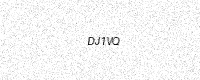
Text: DJ1VQ